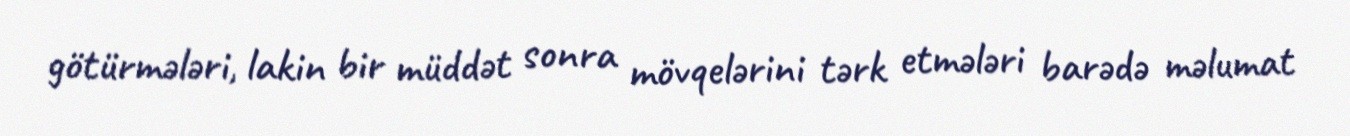
götürmələri, lakin bir müddət sonra mövqelərini tərk etmələri barədə məlumat